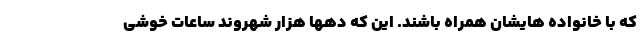
که با خانواده هایشان همراه باشند. این که دهها هزار شهروند ساعات خوشی